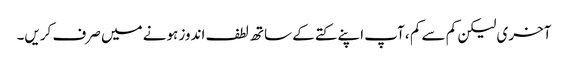
آخری لیکن کم سے کم ، آپ اپنے کتے کے ساتھ لطف اندوز ہونے میں صرف کریں۔